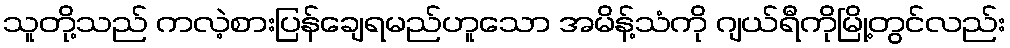
သူတို့သည် ကလဲ့စားပြန်ချေရမည်ဟူသော အမိန့်သံကို ဂျယ်ရီကိုမြို့တွင်လည်း